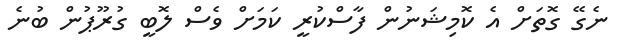
ނެގޭ ގޮތަށް އެ ކޮމިޝަނުން ފާސްކުރީ ކަމަށް ވެސް ލޮބީ ގުރޫޕުން ބުނެ